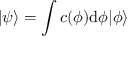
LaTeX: | \psi \rangle = \int c ( \phi ) \mathrm { { d } } \phi | \phi \rangle